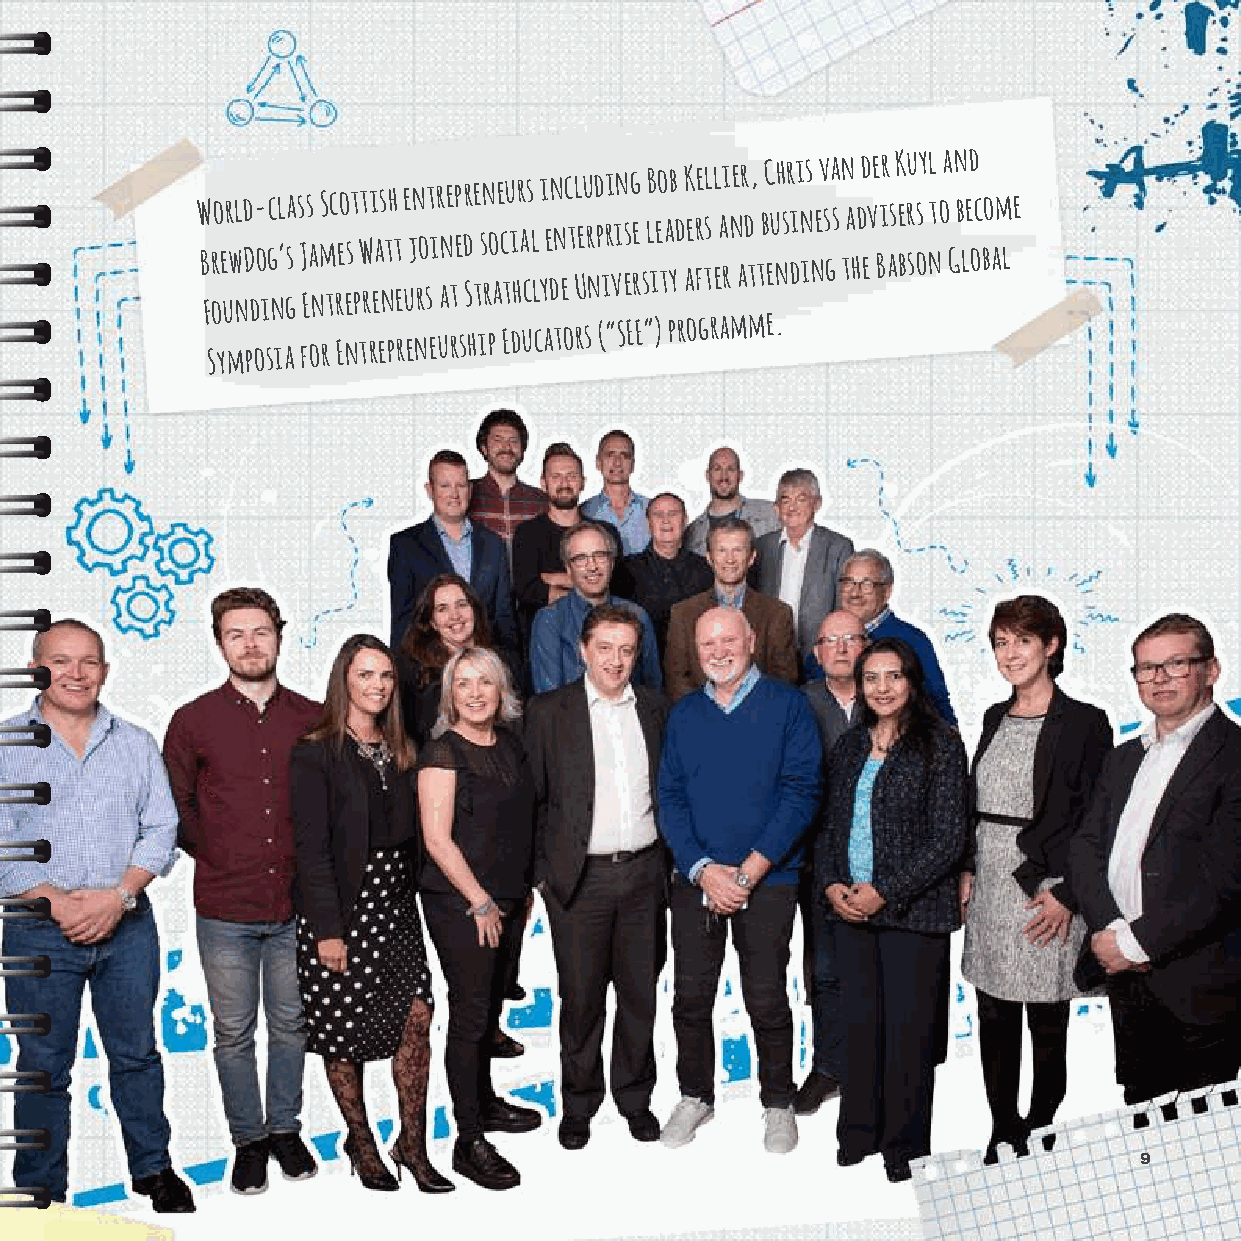
W B Fr oo e ur wl nd D d- o igc nl ’ ga s s J Es a
 n
 mS tc reo est
 p
 Wt ri eas nth t
 e
 e ujn ro st i r ane tp e dr Se
 t
 sn ro ae c tu i hr a cs l
 l
 yi e dn n ec t l Ueu r nd p iri vin esg re
 s
 lB ieo ta yb d aK e fre tl s l eai rne ar d t, t bC eu nh sr dii n is n ev s ga s n ta h dd ev e Bir as K e bru ss oy nl t oa G n b led oc bo am l e
 Symposia for
 Entrepreneurship
 Educators (“SEE”)
 programme.
 9